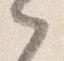
之